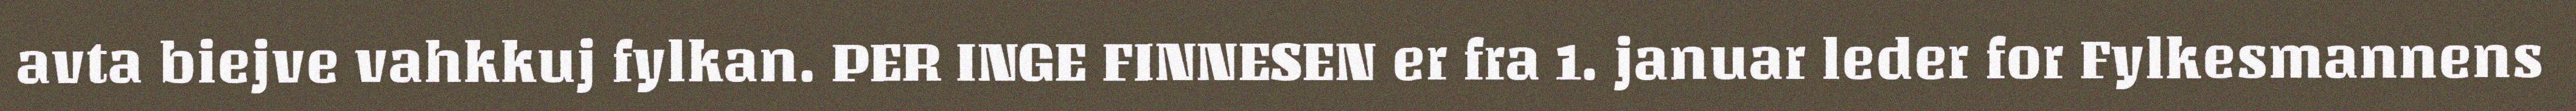
avta biejve vahkkuj fylkan. PER INGE FINNESEN er fra 1. januar leder for Fylkesmannens